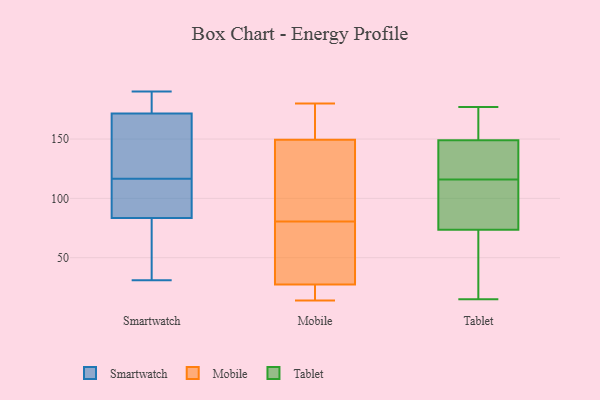
{"axis": {"x": "Latency (ms)", "y": "Value"}, "legend": ["Mobile", "Smartwatch", "Tablet"], "data": [{"x": "", "y": 185, "type": "Smartwatch"}, {"x": "", "y": 178, "type": "Smartwatch"}, {"x": "", "y": 190, "type": "Smartwatch"}, {"x": "", "y": 131, "type": "Smartwatch"}, {"x": "", "y": 165, "type": "Smartwatch"}, {"x": "", "y": 81, "type": "Smartwatch"}, {"x": "", "y": 110, "type": "Smartwatch"}, {"x": "", "y": 72, "type": "Smartwatch"}, {"x": "", "y": 41, "type": "Smartwatch"}, {"x": "", "y": 105, "type": "Smartwatch"}, {"x": "", "y": 31, "type": "Smartwatch"}, {"x": "", "y": 86, "type": "Smartwatch"}, {"x": "", "y": 188, "type": "Smartwatch"}, {"x": "", "y": 152, "type": "Smartwatch"}, {"x": "", "y": 97, "type": "Smartwatch"}, {"x": "", "y": 123, "type": "Smartwatch"}, {"x": "", "y": 142, "type": "Mobile"}, {"x": "", "y": 14, "type": "Mobile"}, {"x": "", "y": 176, "type": "Mobile"}, {"x": "", "y": 88, "type": "Mobile"}, {"x": "", "y": 176, "type": "Mobile"}, {"x": "", "y": 31, "type": "Mobile"}, {"x": "", "y": 135, "type": "Mobile"}, {"x": "", "y": 43, "type": "Mobile"}, {"x": "", "y": 73, "type": "Mobile"}, {"x": "", "y": 155, "type": "Mobile"}, {"x": "", "y": 24, "type": "Mobile"}, {"x": "", "y": 179, "type": "Mobile"}, {"x": "", "y": 180, "type": "Mobile"}, {"x": "", "y": 55, "type": "Mobile"}, {"x": "", "y": 19, "type": "Mobile"}, {"x": "", "y": 23, "type": "Mobile"}, {"x": "", "y": 115, "type": "Mobile"}, {"x": "", "y": 59, "type": "Mobile"}, {"x": "", "y": 22, "type": "Mobile"}, {"x": "", "y": 144, "type": "Mobile"}, {"x": "", "y": 35, "type": "Tablet"}, {"x": "", "y": 151, "type": "Tablet"}, {"x": "", "y": 177, "type": "Tablet"}, {"x": "", "y": 113, "type": "Tablet"}, {"x": "", "y": 74, "type": "Tablet"}, {"x": "", "y": 130, "type": "Tablet"}, {"x": "", "y": 117, "type": "Tablet"}, {"x": "", "y": 151, "type": "Tablet"}, {"x": "", "y": 147, "type": "Tablet"}, {"x": "", "y": 73, "type": "Tablet"}, {"x": "", "y": 115, "type": "Tablet"}, {"x": "", "y": 15, "type": "Tablet"}]}